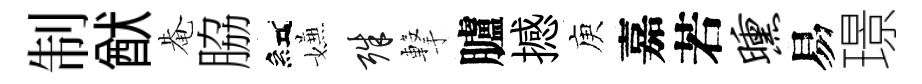
制猷𤲅脇紅嫌殊撃臚撼庾嘉若曛易璟